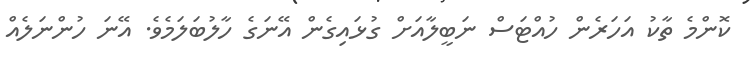
ކޮންމެ ތާކު އަހަރެން ހުއްޓަސް ނަބީލާއަށް ގުޅައިގެން އޭނަގެ ހާލުބަލަމެވެ. އޭނަ ހުންނަލެއް